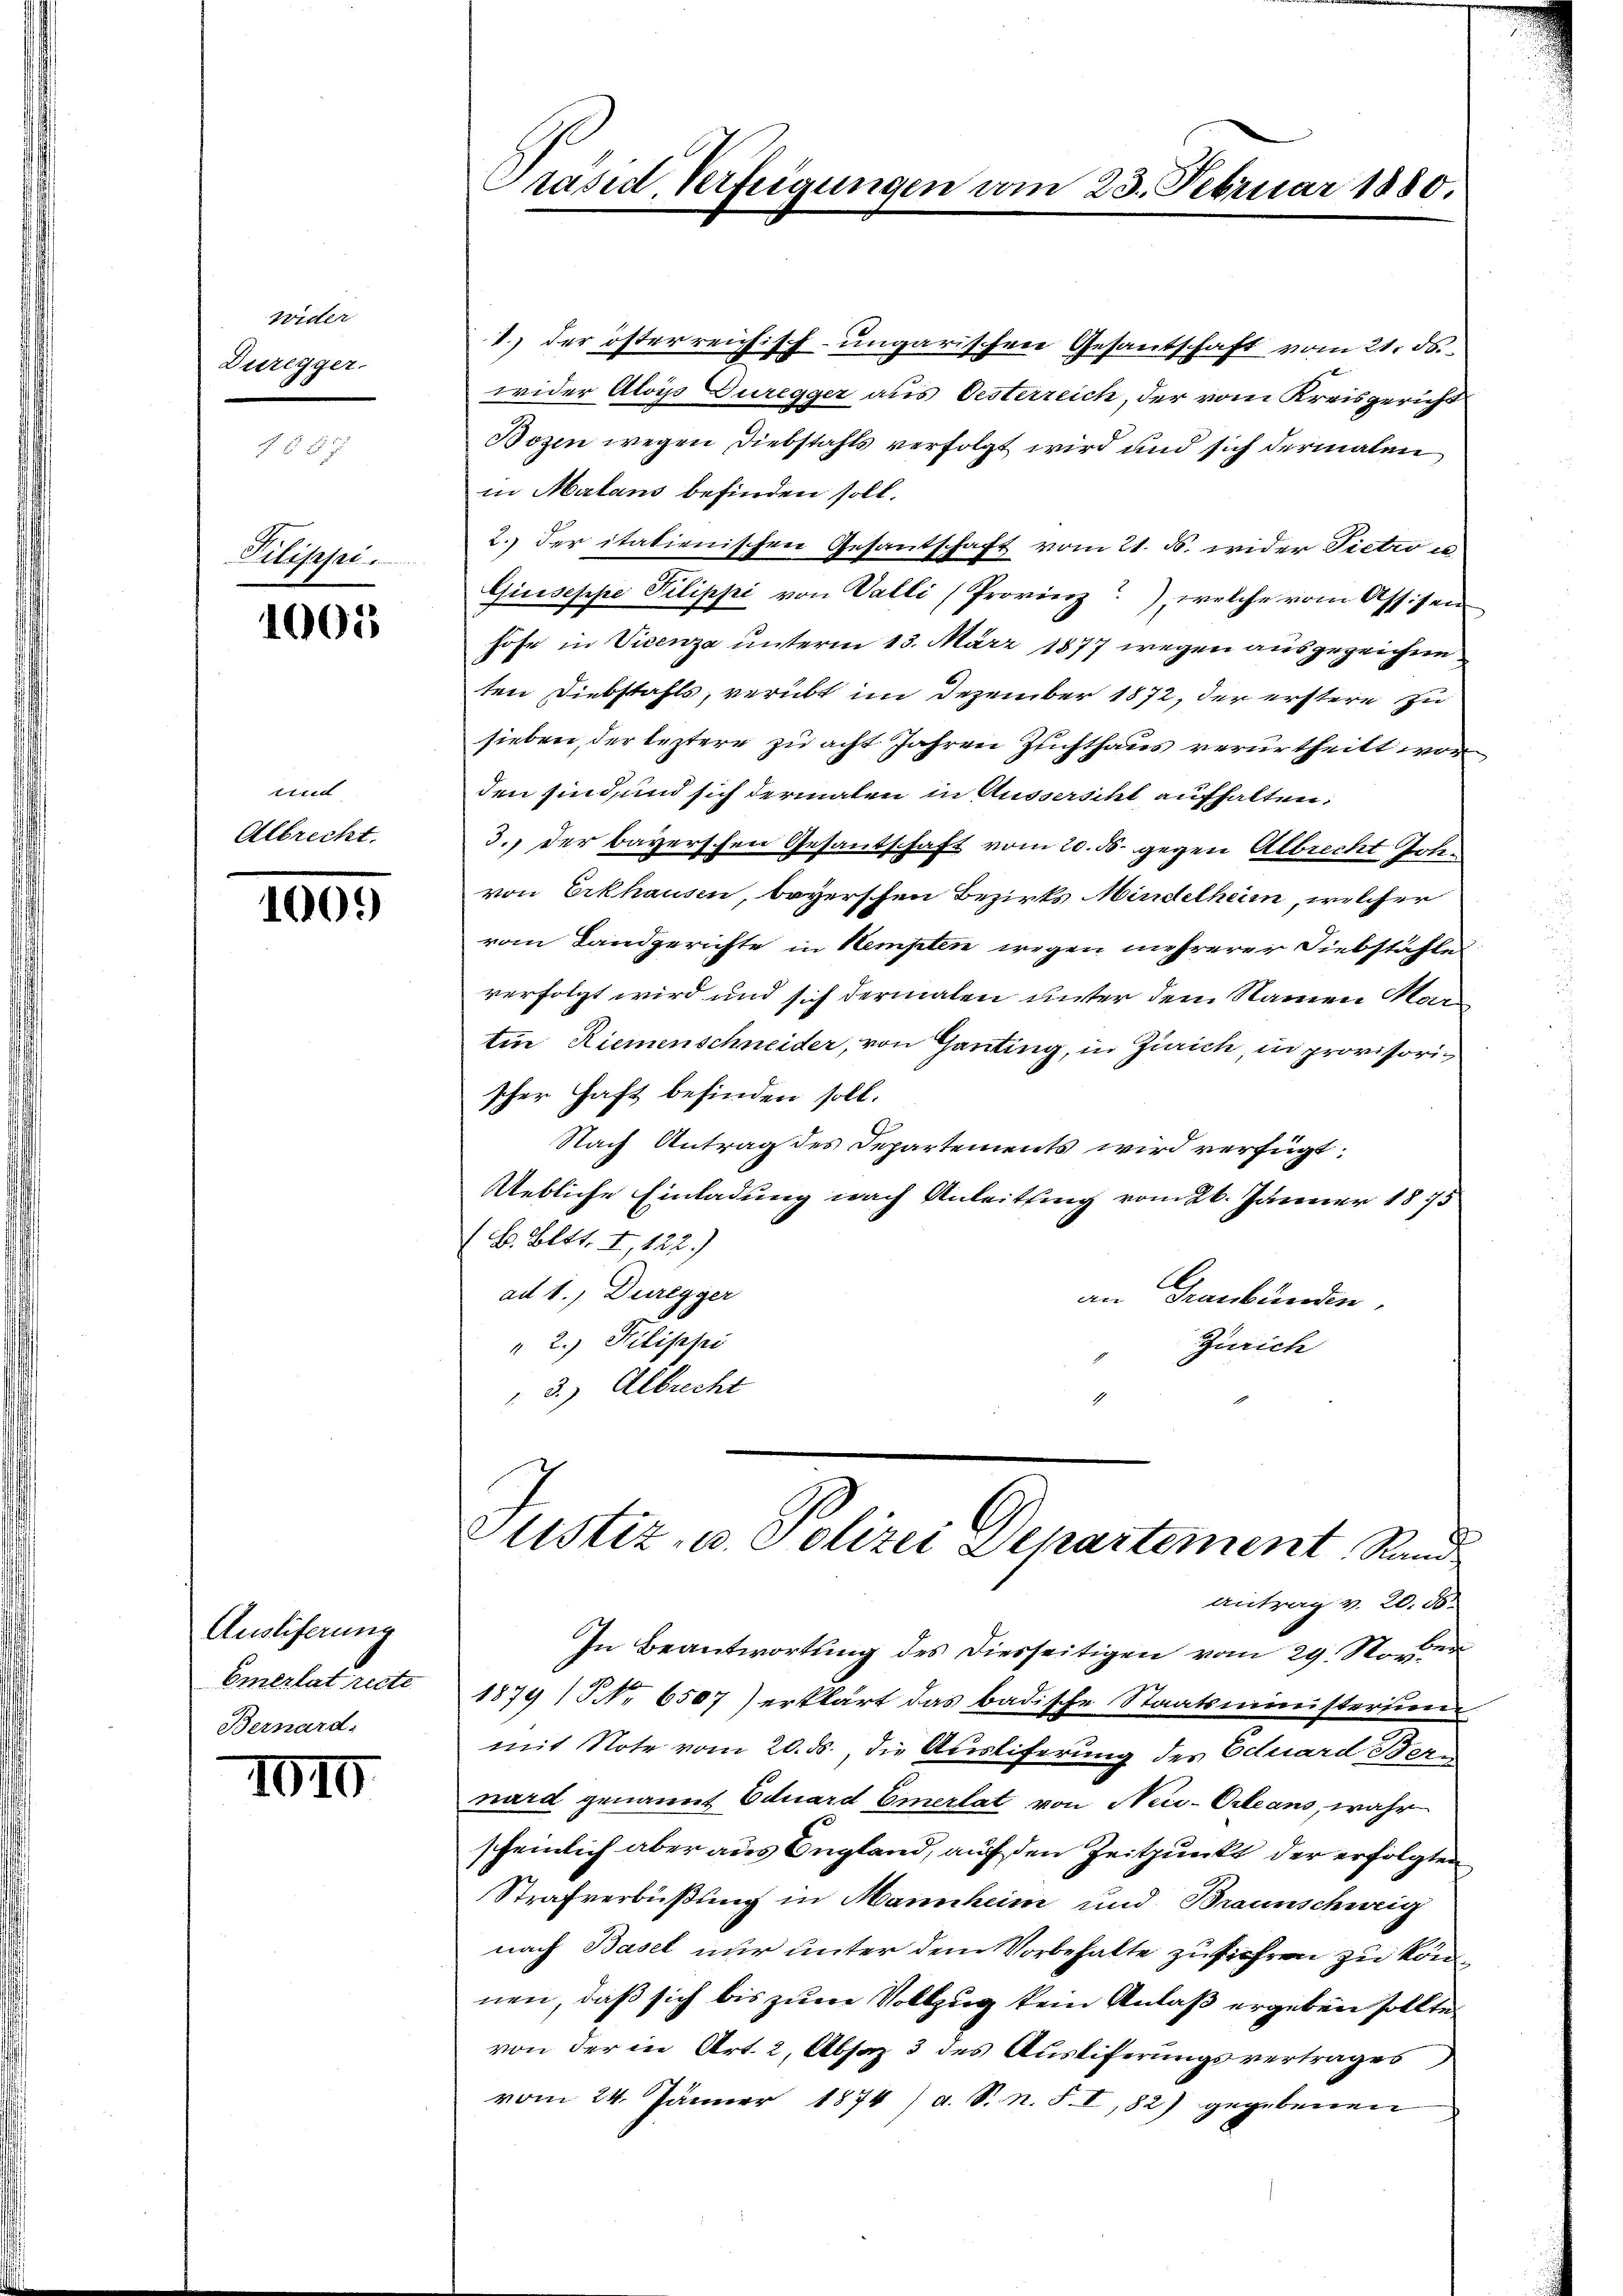
Wider
Duregger.

Pilipepi.

1005

und
Albrecht.

1009

Auslieferung
Emerlat recte
Bernard,

1010

Präsid, Verfeigungen vom 23. Februar 1880.

1.) der österreichisch-ungarischen Gesantschaft vom 21. ds.
wider Aloys Duregger aus Oesterreich, der vom Kreisgericht
Bozen wegen Diebstahls verfolgt wird und sich dermalen
in Malans befinden soll.
2. der italienischen Gesandschaft vom 21. ds. wider Pietro us
Giuseppe Pilippi von Valli (Provinz, welche vom Assisen
hofe in Vicenza unterm 13. März 1877 wegen ausgezeichne
ten Diebstahls, verübt im Dezember 1872, der erstere zu
sieben, der leztere zu acht Jahren Zuchthaus verurtheilt wor
den sind, und sich dermalen in Ausserscht aufhalten,
3. der bayerschen Gesandschaft vom 20. ds. gegen Albrecht Johvon Erkhausen, beyerschen Bezirks indelheim, welcher
vom Landgerichte in Stempten wegen mehrerer Diebstähle
verfolgt wird und sich dermalen unter dem Namen Martin Riemenschneider, von Ganting, in Zürich, in provisorischer Haft befinden soll.
Nach Antrag des Departements wird verfügt:
Uebliche Einladung nach Anleitung vom 26. Jänner 1875
B. Bett. I, 122.)
ad 1.) Duregger
an Graubünden,
" 2.) Pilippi
Zürich
 3.) Albrecht

Justiz- u. Polizei Departement Stand
Antrag v. 20. d.

In Beantwortung des Diesseitigen vom 29. No.
1879 (NNo. 6507) erklärt das badische Staatsministerium
mit Note vom 20. ds., die Ausliferung des Eduard Bern
nard genannt Eduard Emerlat von Neu-Orleans, wahr
scheinlich aber aus England, auf den Zeitpunkt der erfolgten
Strafverbüßung in Mannheim und Braunschweig
nach Basel nur unter dem Vorbehalte zufiehren zu können, daß sich bis zum Vollzug kein Anlaß ergeben sollte.
von der in Art. 2, Absaz 3 des Ausliferungsvertrages
vom 24. Jänner 1874) a. S. N. S. I, 82) gegebenen